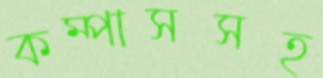
কম্পাসসহ